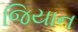
જિયાન